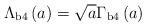
LaTeX: \begin{align*}\Lambda_{\rm{b4}}\left(a\right)=\sqrt{a}\Gamma_{\rm{b4}}\left(a\right)\end{align*}